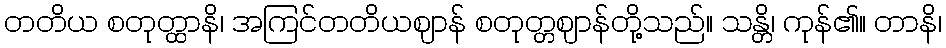
တတိယ စတုတ္ထာနိ၊ အကြင်တတိယဈာန် စတုတ္တဈာန်တို့သည်။ သန္တိ၊ ကုန်၏။ တာနိ၊